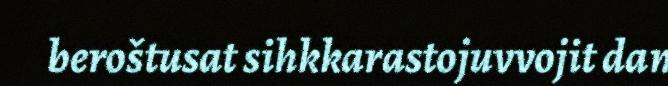
beroštusat sihkkarastojuvvojit dan